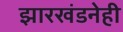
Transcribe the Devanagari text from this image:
झारखंडनेही